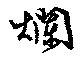
爛